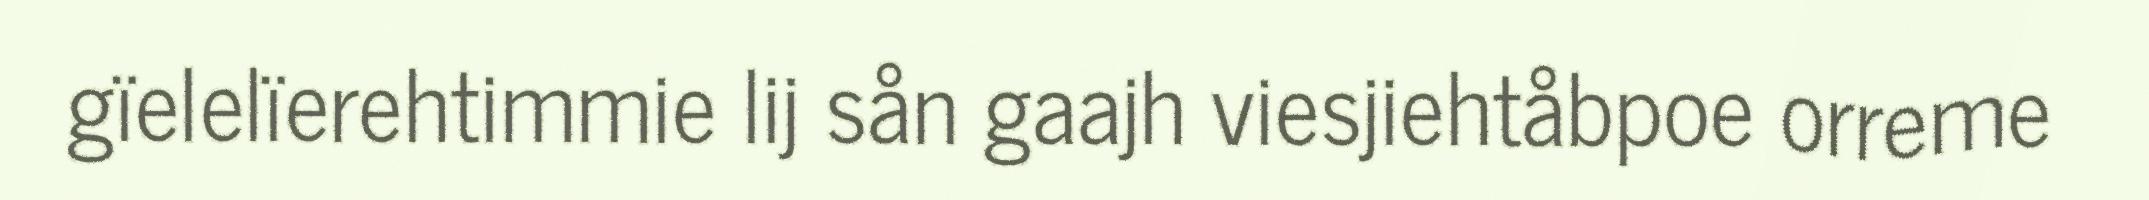
gïelelïerehtimmie lij sån gaajh viesjiehtåbpoe orreme